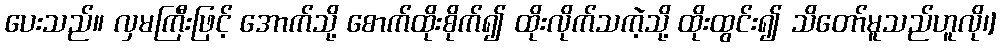
ပေးသည်။ လှမကြီးဖြင့် အောက်သို့ စောက်ထိုးစိုက်၍ ထိုးလိုက်သကဲ့သို့ ထိုးထွင်း၍ သိတော်မူသည်ဟူလို၊]